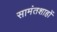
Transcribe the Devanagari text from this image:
सामंतशाहों